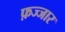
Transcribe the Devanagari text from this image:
फ़ज्जार